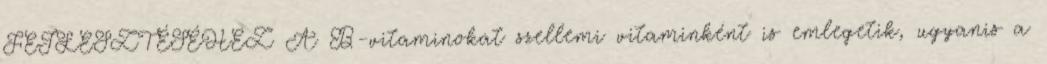
FEJLESZTÉSÉHEZ A B-vitaminokat szellemi vitaminként is emlegetik, ugyanis a